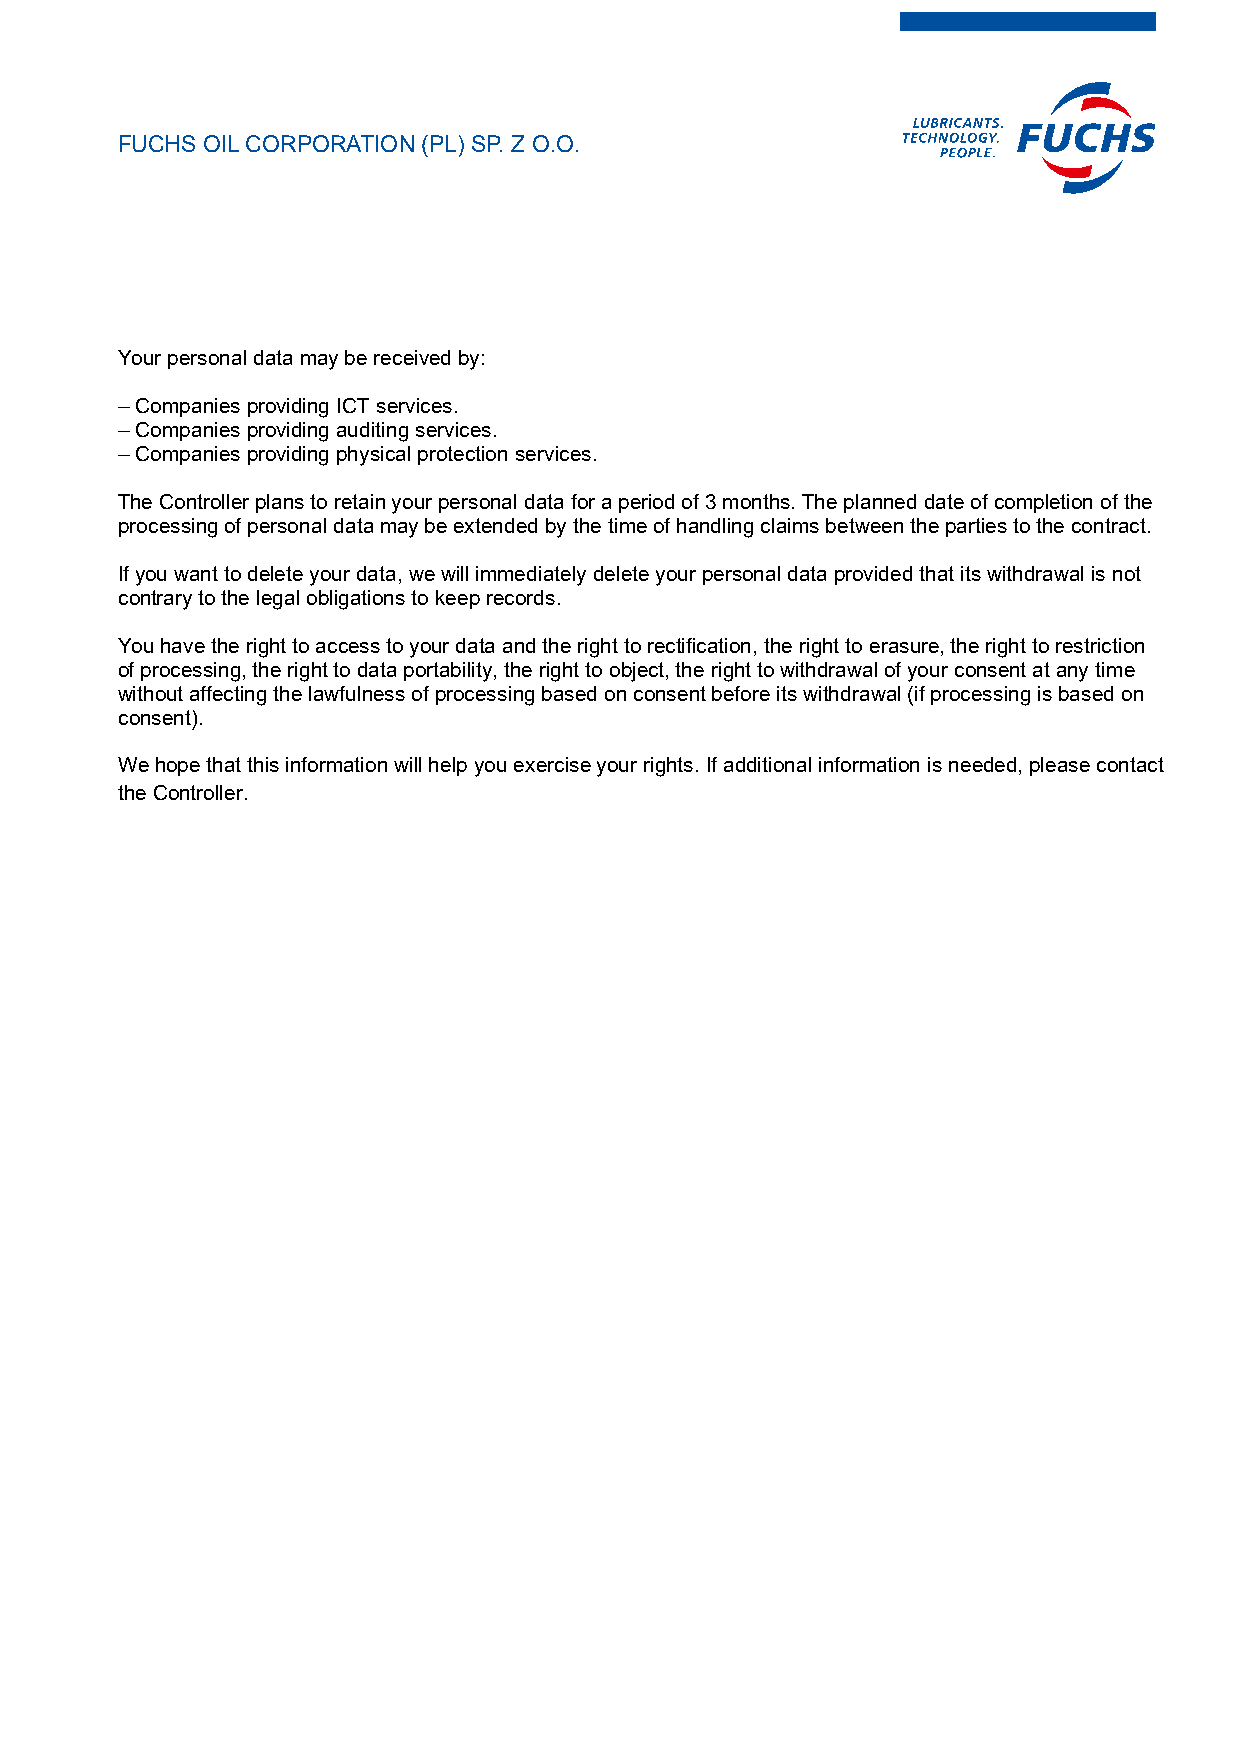
FUCHS OIL CORPORATION (PL) SP. Z O.O.
 Your personal data may be received by:
 – Companies providing ICT services.
 – Companies providing auditing services.
 – Companies providing physical protection services.
 The Controller plans to retain your personal data for a period of 3 months. The planned date of completion of the
 processing of personal data may be extended by the time of handling claims between the parties to the contract.
 If you want to delete your data, we will immediately delete your personal data provided that its withdrawal is not
 contrary to the legal obligations to keep records.
 You have the right to access to your data and the right to rectification, the right to erasure, the right to restriction
 of processing, the right to data portability, the right to object, the right to withdrawal of your consent at any time
 without affecting the lawfulness of processing based on consent before its withdrawal (if processing is based on
 consent).
 We hope that this information will help you exercise your rights. If additional information is needed, please contact
 the Controller.